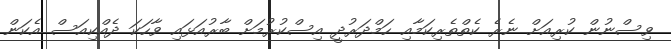
ވިސްނުން ކުރިއަށް ނެރެ ކެތްތެރިކަމާއި ހަމްދަރުދީ އިސްކުރުމަށް ބާރުއަޅައި ވާހަކަ ދެއްކިއަސް އެކަން